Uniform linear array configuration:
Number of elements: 12
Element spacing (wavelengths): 0.75
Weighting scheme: hamming
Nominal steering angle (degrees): -15
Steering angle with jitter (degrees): -13.491
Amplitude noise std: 0.05
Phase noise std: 0.05

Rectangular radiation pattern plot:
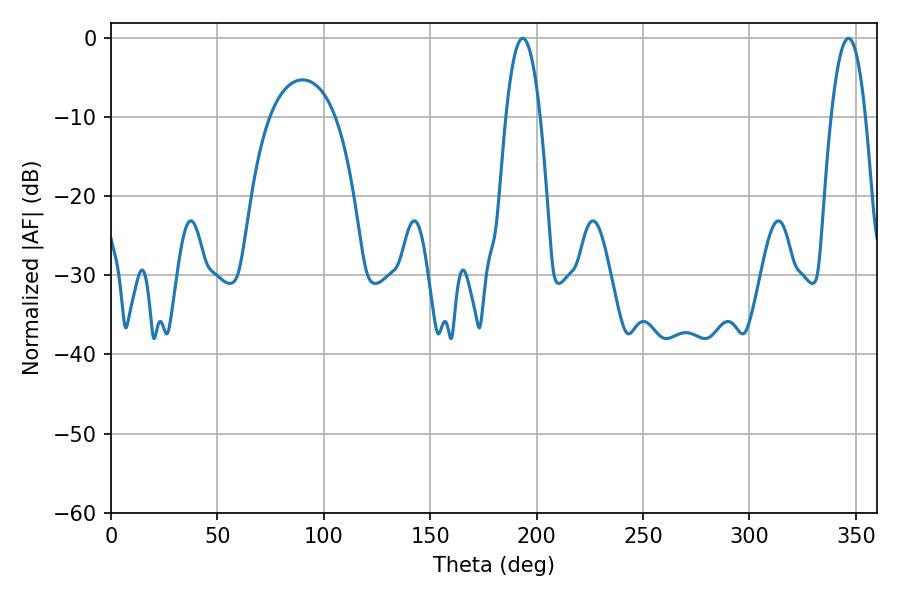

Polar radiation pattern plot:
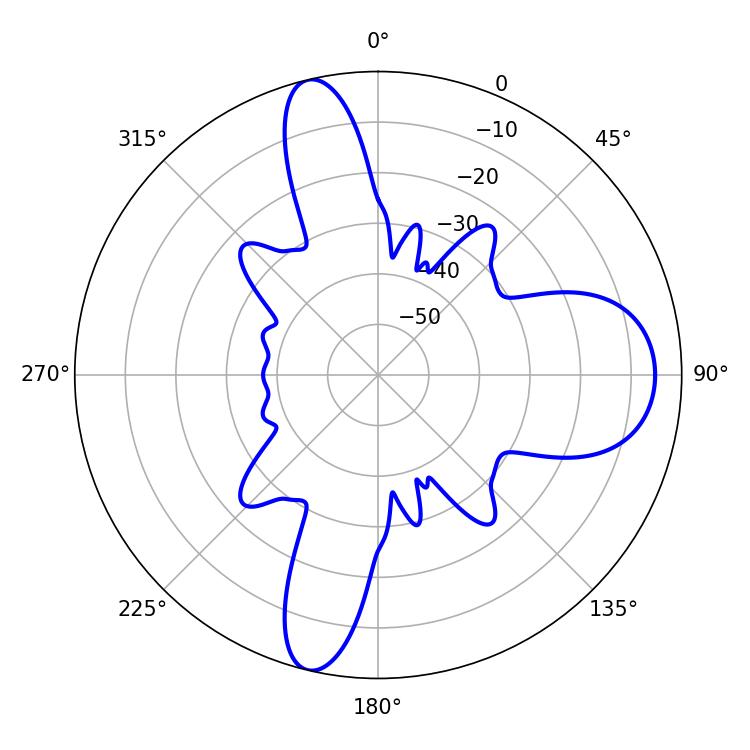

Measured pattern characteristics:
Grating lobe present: TRUE
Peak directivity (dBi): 15.664
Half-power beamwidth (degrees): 9
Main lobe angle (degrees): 193.5